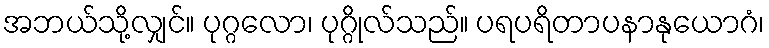
အဘယ်သို့လျှင်။ ပုဂ္ဂလော၊ ပုဂ္ဂိုလ်သည်။ ပရပရိတာပနာနုယောဂံ၊